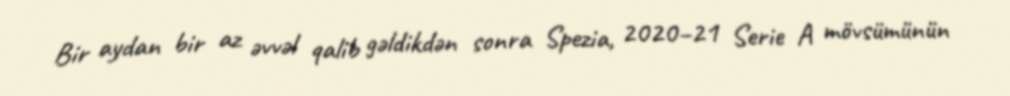
Bir aydan bir az əvvəl qalib gəldikdən sonra Spezia, 2020–21 Serie A mövsümünün